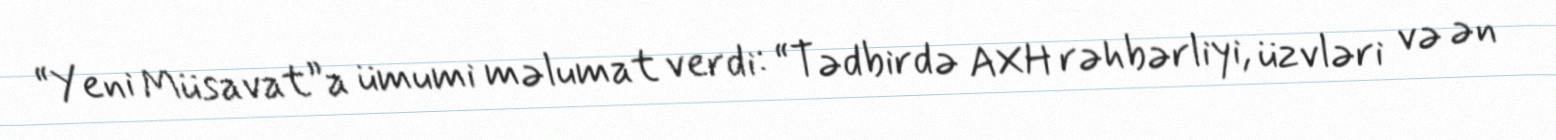
“Yeni Müsavat”a ümumi məlumat verdi: “Tədbirdə AXH rəhbərliyi, üzvləri və ən